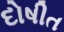
દોષીત